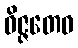
ဝိဇ္ဇတေဝ